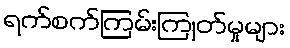
ရက်စက်ကြမ်းကြုတ်မှုများ